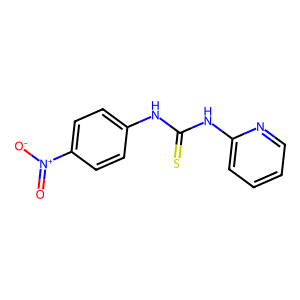
SMILES: O=[N+]([O-])c1ccc(NC(=S)Nc2ccccn2)cc1
Inhibits HIV replication: No